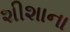
શીશાના